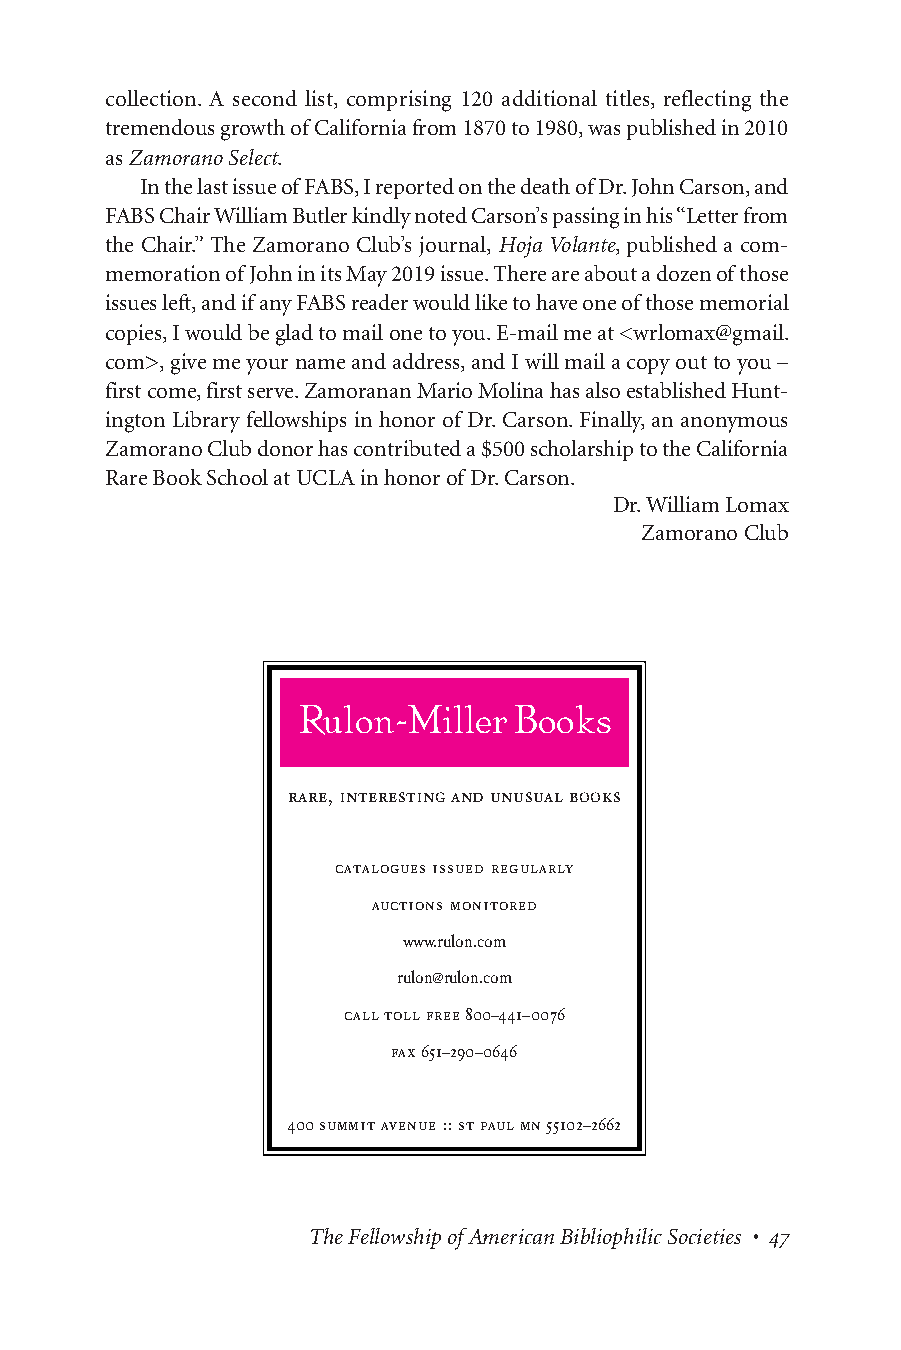
collection. A second list, comprising 120 additional titles, reflecting the
 tremendous growth of California from 1870 to 1980, was published in 2010
 as Zamorano Select.
 In the last issue of FABS, I reported on the death of Dr. John Carson, and
 FABS Chair William Butler kindly noted Carson’s passing in his “Letter from
 the Chair.” The Zamorano Club’s journal, Hoja Volante, published a com-
 memoration of John in its May 2019 issue. There are about a dozen of those
 issues left, and if any FABS reader would like to have one of those memorial
 copies, I would be glad to mail one to you. E-mail me at <wrlomax@gmail.
 com>, give me your name and address, and I will mail a copy out to you –
 first come, first serve. Zamoranan Mario Molina has also established Hunt-
 ington Library fellowships in honor of Dr. Carson. Finally, an anonymous
 Zamorano Club donor has contributed a $500 scholarship to the California
 Rare Book School at UCLA in honor of Dr. Carson.
 Dr. William Lomax
 Zamorano Club
 Page 1
 Rulon-Miller  Books
 rare, interesting and unusualbooks
 catalogues issued regularly
 auctions monitored
 www.rulon.com
 rulon@rulon.com
 calltollfree800–441–0076
 fax651–290–0646
 400 summitavenue ::stpaulmn55102–2662
 The Fellowship of American Bibliophilic Societies • 